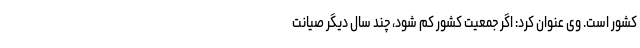
کشور است. وی عنوان کرد: اگر جمعیت کشور کم شود، چند سال دیگر صیانت